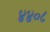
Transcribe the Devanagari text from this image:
४४०८